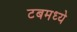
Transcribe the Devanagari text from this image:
टबमध्ये